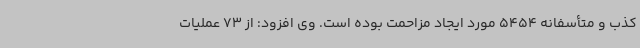
کذب و متأسفانه 5454 مورد ایجاد مزاحمت بوده است. وی افزود: از 73 عملیات